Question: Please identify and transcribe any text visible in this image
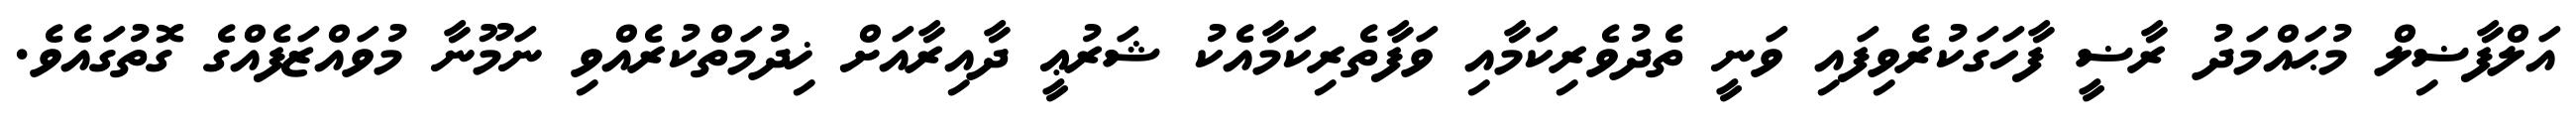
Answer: އަލްފާޟިލް މުޙައްމަދު ރާޟީ ފާހަގަކުރެވިފައި ވަނީ ތެދުވެރިކަމާއި ވަފާތެރިކަމާއެކު ޝަރުޢީ ދާއިރާއަށް ޚިދުމަތްކުރެއްވި ނަމޫނާ މުވައްޒަފެއްގެ ގޮތުގައެވެ.